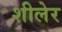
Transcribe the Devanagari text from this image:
शीलेर